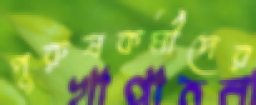
পুরুষকর্মীদের